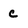
Character: c